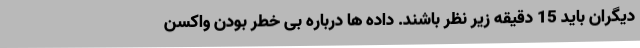
دیگران باید 15 دقیقه زیر نظر باشند. داده ها درباره بی خطر بودن واکسن